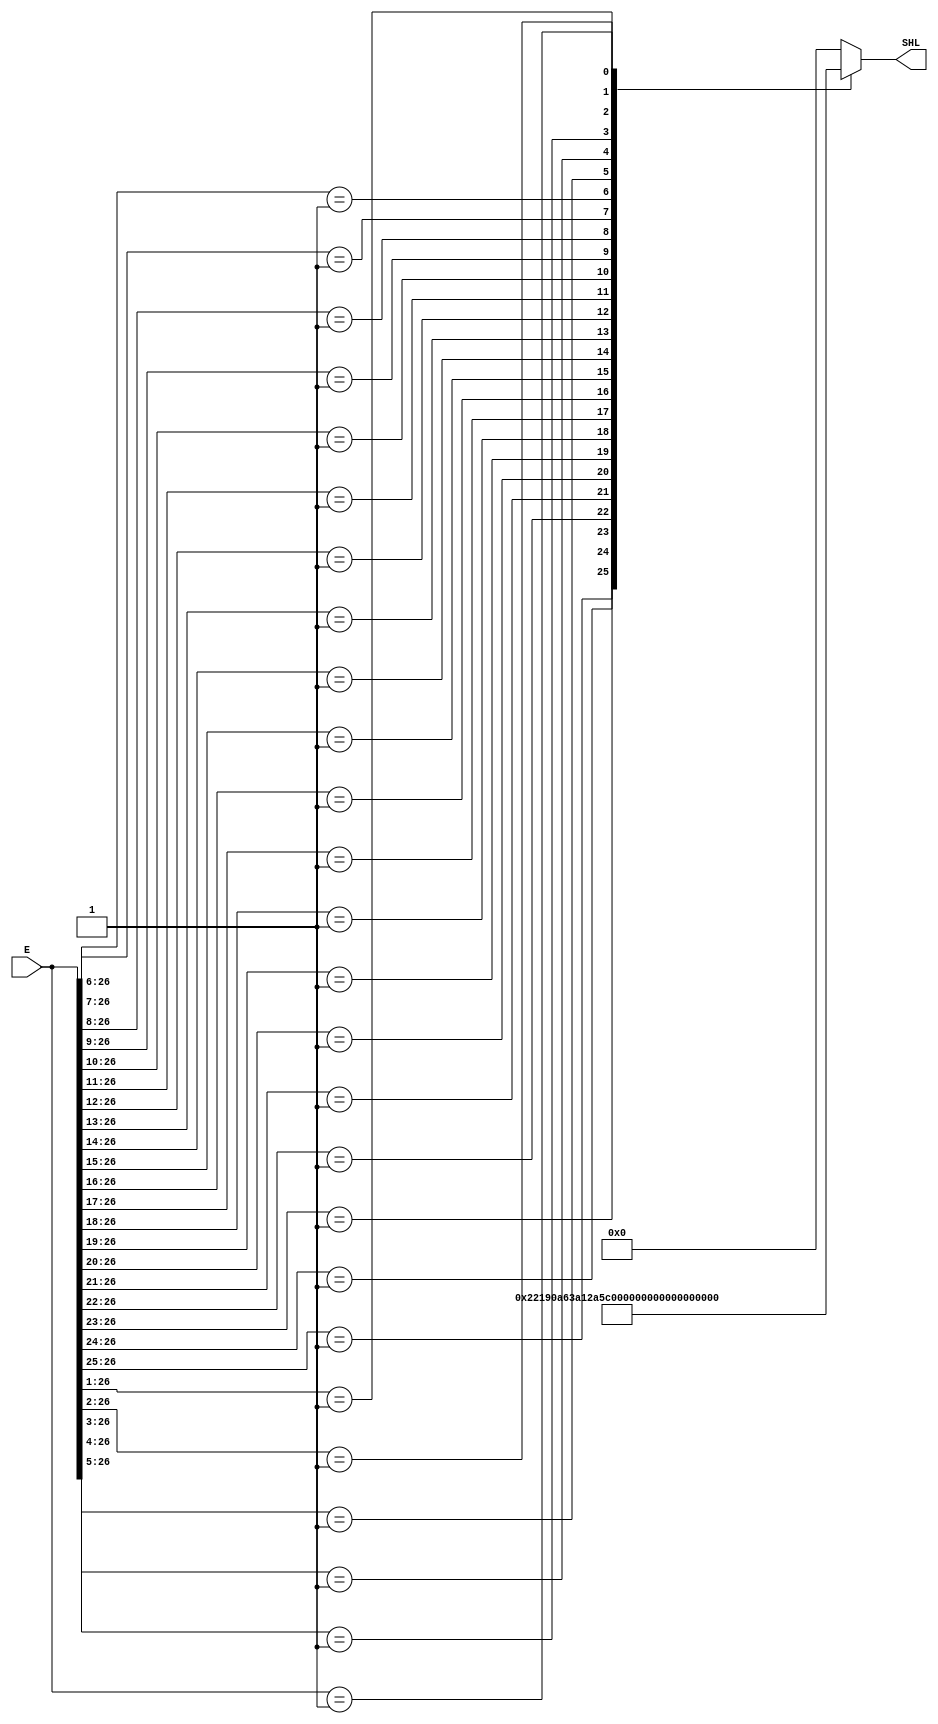
module LZA_2_modified (E,SHL);
input [26:0]E;
output reg [4:0]SHL;
always@(*)
begin 	  
		  casez(E) // synopsys full_case parallel_case
			27'b1?????????????????????????? :
			begin
				SHL = 0;
			end
			27'b01????????????????????????? :
			begin
				SHL = 1;
			end
			27'b001???????????????????????? :
			begin
				SHL = 2;
			end
			27'b0001??????????????????????? :
			begin
				SHL = 3;
			end
			27'b00001?????????????????????? :
			begin
				SHL = 4;
			end
			27'b000001????????????????????? :
			begin
				SHL = 5;
			end
			27'b0000001???????????????????? :
			begin
				SHL = 6;
			end
			27'b00000001??????????????????? :
			begin
				SHL = 7;
			end
			27'b000000001?????????????????? :
			begin
				SHL = 8;
			end
			27'b0000000001????????????????? :
			begin
				SHL = 9;
			end
			27'b00000000001???????????????? :
			begin
				SHL = 10;
			end
			27'b000000000001??????????????? :
			begin
				SHL = 11;
			end
			27'b0000000000001?????????????? :
			begin
				SHL = 12;
			end
			27'b00000000000001????????????? :
			begin
				SHL = 13;
			end
			27'b000000000000001???????????? :
			begin
				SHL = 14;
			end
			27'b0000000000000001??????????? :
			begin
				SHL = 15;
			end
			27'b00000000000000001?????????? :
			begin
				SHL = 16;
			end
			27'b000000000000000001????????? :
			begin
				SHL = 17;
			end
			27'b0000000000000000001???????? :
			begin
				SHL = 18;
			end
			27'b00000000000000000001??????? :
			begin
				SHL = 19;
			end
			27'b000000000000000000001?????? :
			begin
				SHL = 20;
			end
			27'b0000000000000000000001????? :
			begin
				SHL = 21;
			end
			27'b00000000000000000000001???? :
			begin
				SHL = 22;
			end
			27'b000000000000000000000001??? :
			begin
				SHL = 23;
			end
			27'b0000000000000000000000001?? :
			begin
				SHL = 24;
			end
			27'b00000000000000000000000001? :
			begin
				SHL = 25;
			end
            27'b000000000000000000000000001 :
			begin
				SHL = 26;
			end
			default :
				SHL = 0;
			endcase
    end
endmodule